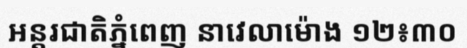
អន្តរជាតិភ្នំពេញ នាវេលាម៉ោង ១២៖៣០